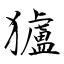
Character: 獹